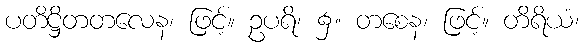
ပတိဋ္ဌိတတလေန၊ ဖြင့်။ ဥပရိ၊ ၌။ တစေန၊ ဖြင့်။ တိရိယံ၊